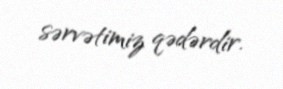
sərvətimiz qədərdir.